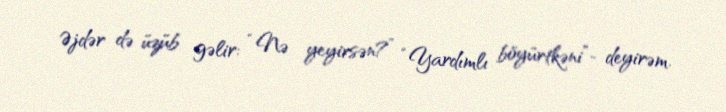
Əjdər də üzüb gəlir: “Nə yeyirsən?” “Yardımlı böyürtkəni”- deyirəm.